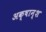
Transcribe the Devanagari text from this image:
अक्षान्श